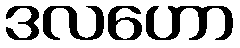
ဒလဟော